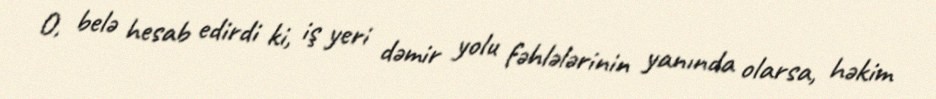
O, belə hesab edirdi ki, iş yeri dəmir yolu fəhlələrinin yanında olarsa, həkim